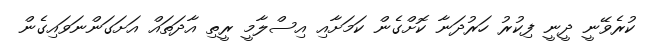
ކުރެވޭނީ ދީނީ ފިކުރު ހަރުދަނާ ކޮށްގެން ކަމަށާއި އިސްލާމީ ރީތި އާދަތައް އަށަގަންނަވައިގެން